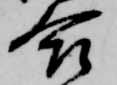
合